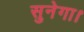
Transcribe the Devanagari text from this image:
सुनेगा।